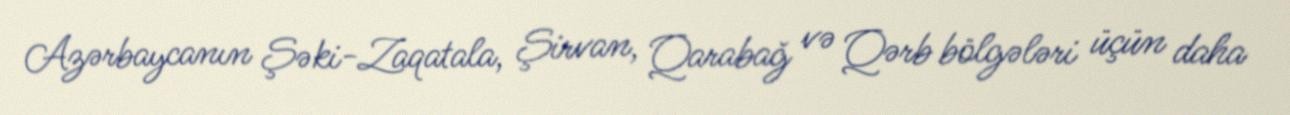
Azərbaycanın Şəki-Zaqatala, Şirvan, Qarabağ və Qərb bölgələri üçün daha